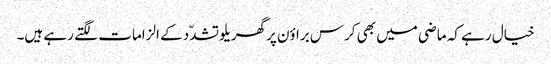
خیال رہے کہ ماضی میں بھی کرس براؤن پرگھریلو تشدّد کے الزامات لگتے رہے ہیں۔